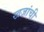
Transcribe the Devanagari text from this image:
खज़ांची